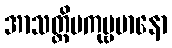
အာသတ္တိမကုဗ္ဗမာနော